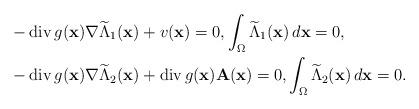
LaTeX: \begin{align*}&-\mathrm{div}\,g(\mathbf{x})\nabla \widetilde{\Lambda}_1(\mathbf{x})+v(\mathbf{x})=0,\int _\Omega \widetilde{\Lambda}_1(\mathbf{x})\,d\mathbf{x}=0,\\&-\mathrm{div}\,g(\mathbf{x})\nabla \widetilde{\Lambda}_2(\mathbf{x})+\mathrm{div}\,g(\mathbf{x})\mathbf{A}(\mathbf{x})=0,\int _\Omega\widetilde{\Lambda}_2(\mathbf{x})\,d\mathbf{x}=0.\end{align*}